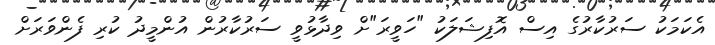
އެކަމަކު ސަރުކާރުގެ އިސް އޮފިޝަލަކު "ހަވީރަ"ށް ވިދާޅުވީ ސަރުކާރުން އުންމީދު ކުރި ފެންވަރަށް